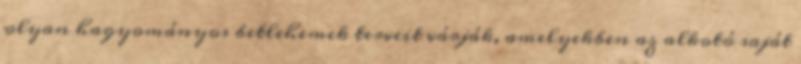
olyan hagyományos betlehemek terveit várják, amelyekben az alkotó saját